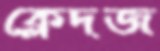
ক্লেদজ